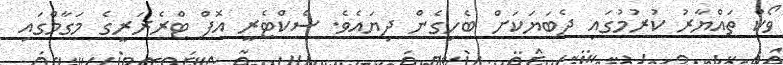
ވޯކް ތައްޔާރު ކުރުމުގައި ދެބަޔަކަށް ބެހިގެން ދިޔައެވެ. ސެކްޓެރީ އޮފް ޓްރެޜަރީގެ މަގާމްގައި